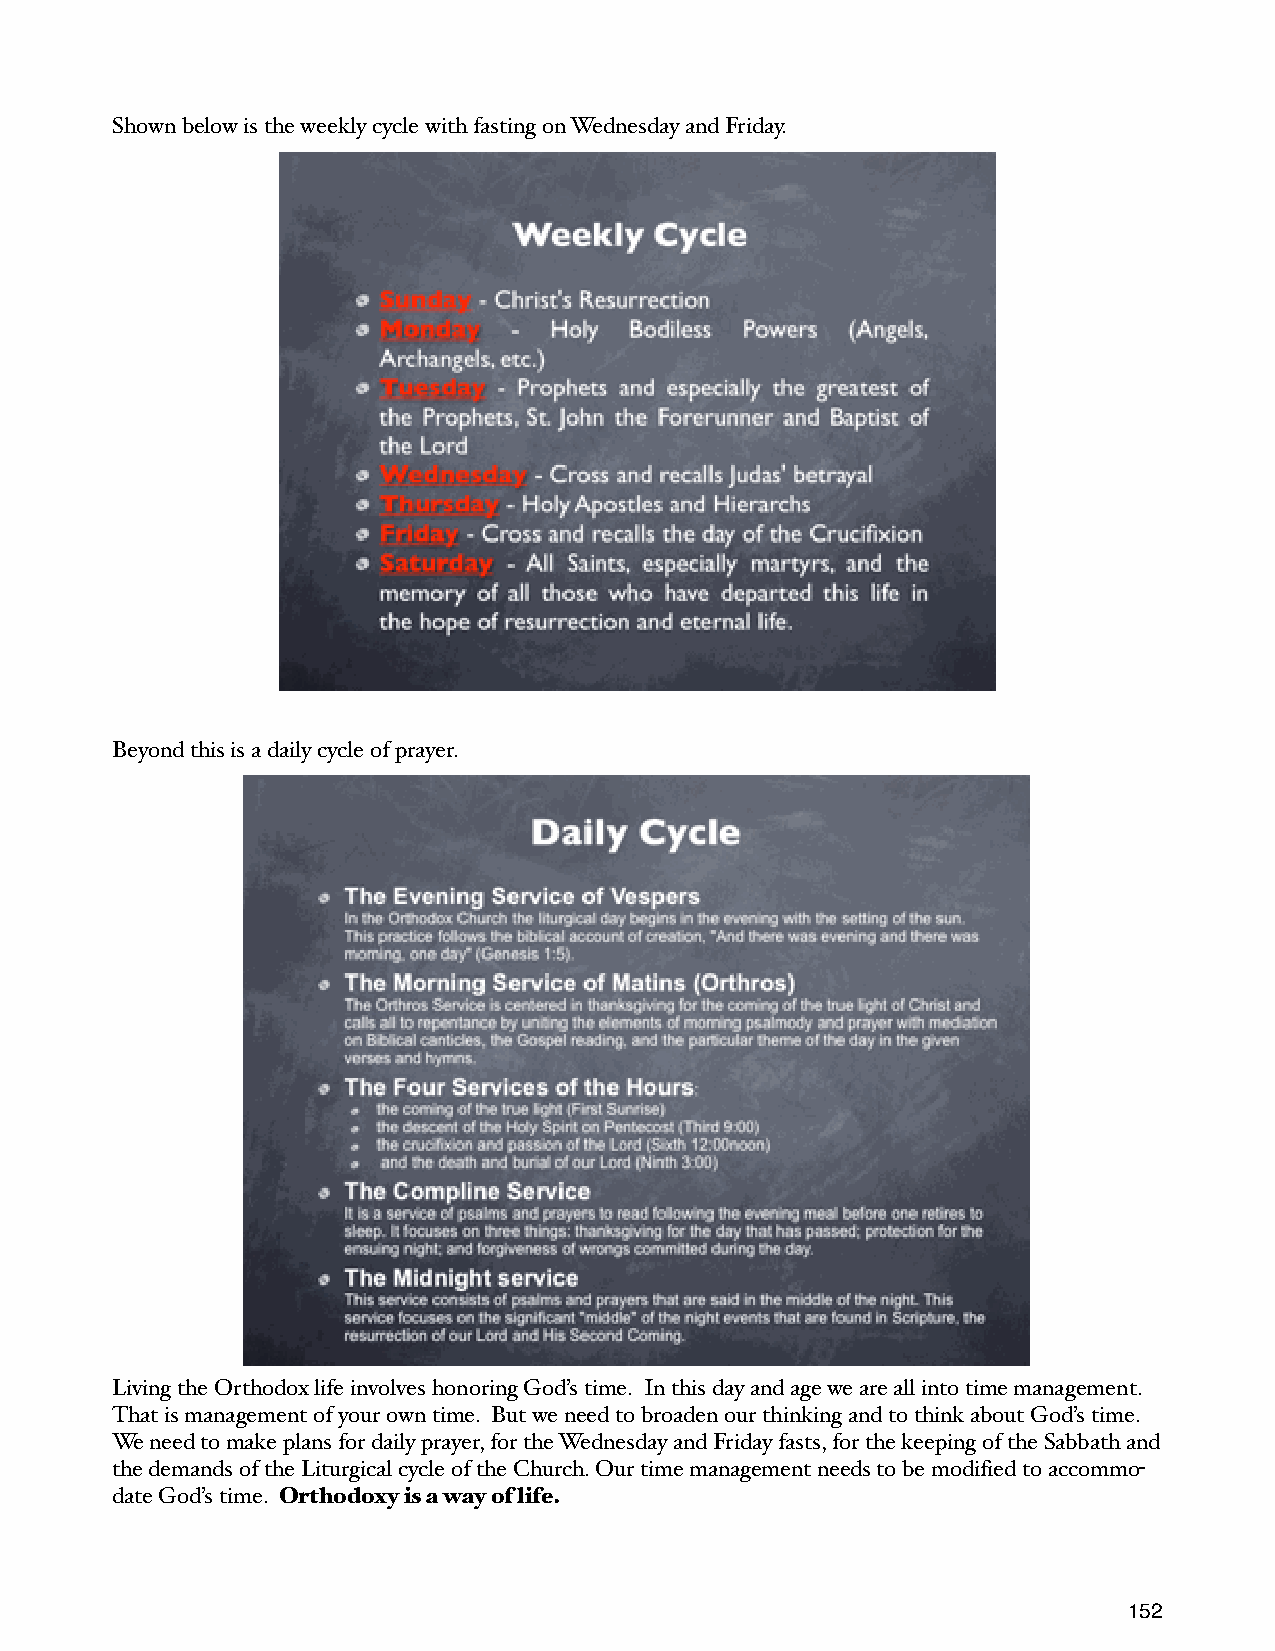
Shown below is the weekly cycle with fasting on Wednesday and Friday.
 Beyond this is a daily cycle of prayer.
 Living the Orthodox life involves honoring God’s time. In this day and age we are all into time management.
 That is management of your own time. But we need to broaden our thinking and to think about God’s time.
 We need to make plans for daily prayer, for the Wednesday and Friday fasts, for the keeping of the Sabbath and
 the demands of the Liturgical cycle of the Church. Our time management needs to be modified to accommo-
 date God’s time. Orthodoxy is a way of life.
 152